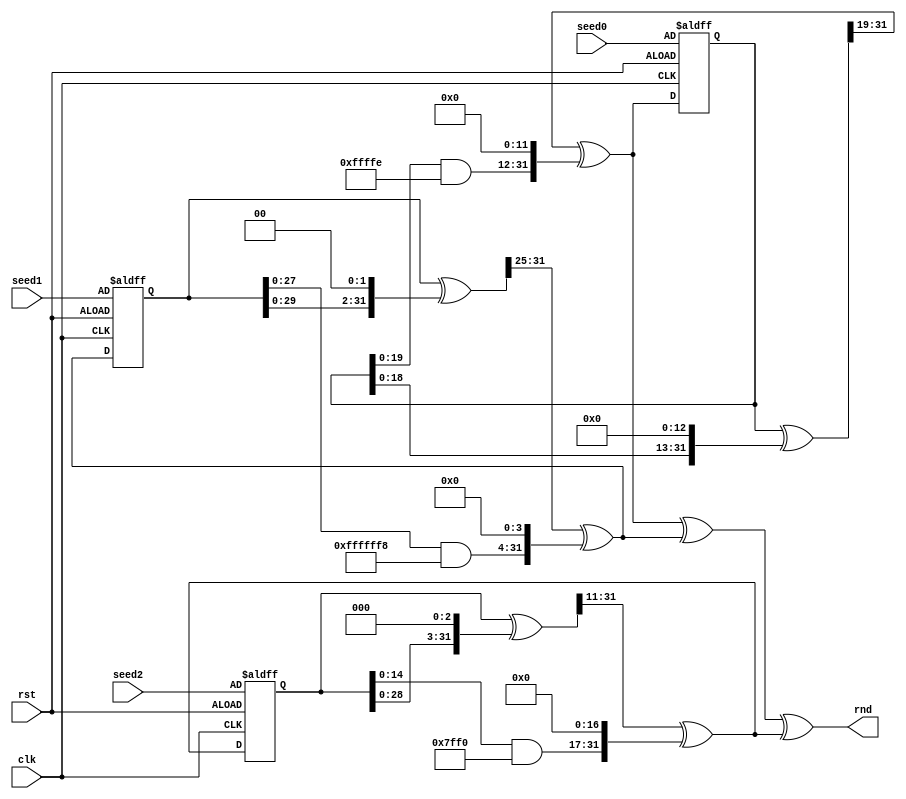
`timescale 1ns / 1ps
module urng(
	input [31:0] seed0,
	input [31:0] seed1,
	input [31:0] seed2,
	input clk,
	input rst,
	output  [31:0] rnd
);

wire [31:0] s0, s1, s2;
reg [31:0] a0,a1,a2;
wire [31:0] b0,b1,b2;
wire [31:0] c0,c1,c2;
wire [31:0] d0,d1,d2;
wire [31:0] e0,e1,e2;
wire [31:0] f0,f1,f2;



//All seeds set to the input value when reset is high;
always @(posedge clk or negedge rst) begin
	if(~rst) begin
		a0 <= seed0;
		a1 <= seed1;
		a2 <= seed2;
	end
	else begin
		a0 <= s0;
		a1 <= s1;
		a2 <= s2;
	end
end


//The URNG is based on LFSRs
assign b0 = a0 << 13;
assign c0 = a0 ^ b0;
assign d0 = a0 & 32'hffff_fffe;
assign e0 = c0 >> 19;
assign f0 = d0 <<12;
assign s0 = e0 ^ f0;

assign b1 = a1 << 2;
assign c1 = a1 ^ b1;
assign d1 = a1 & 32'hffff_fff8;
assign e1 = c1 >> 25;
assign f1 = d1 << 4;
assign s1 = e1 ^ f1;

assign b2 = a2 << 3;
assign c2 = a2 ^ b2;
assign d2 = a2 & 32'hffff_fff0;
assign e2 = c2 >> 11;
assign f2 = d2 << 17;
assign s2 = e2 ^ f2;

assign rnd = s0 ^ s1 ^ s2;


endmodule